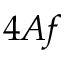
4 A f